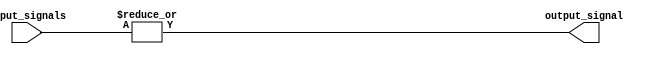
module or_gate (
  input [7:0] input_signals,
  output output_signal
);

assign output_signal = | input_signals;

endmodule